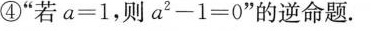
④”若$$$α=1，则a^{2}-1=0”$$的逆命题。